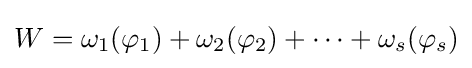
W=\omega _{1}(\varphi _{1})+\omega _{2}(\varphi _{2})+\cdots +\omega _{s}(\varphi _{s})